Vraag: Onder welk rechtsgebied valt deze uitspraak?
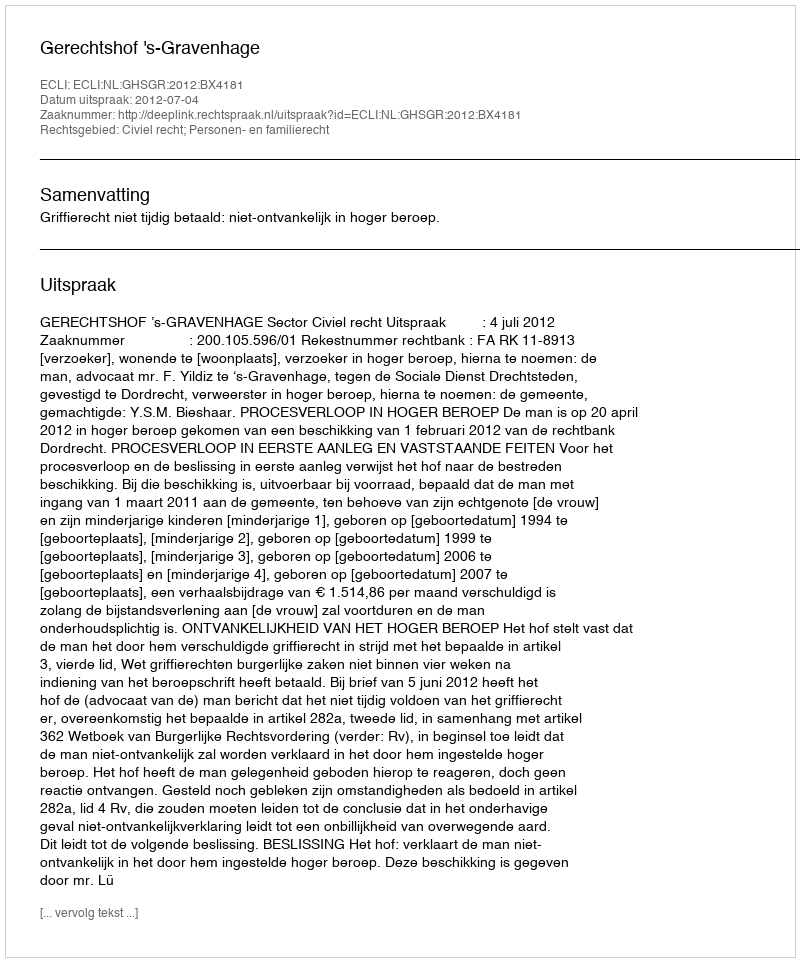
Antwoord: Civiel recht; Personen- en familierecht